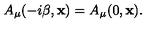
A _ { \mu } ( - i \beta , { \bf x } ) = A _ { \mu } ( 0 , { \bf x } ) .